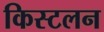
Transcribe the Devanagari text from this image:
किस्टलन